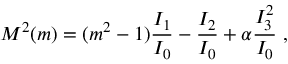
M ^ { 2 } ( m ) = ( m ^ { 2 } - 1 ) \frac { I _ { 1 } } { I _ { 0 } } - \frac { I _ { 2 } } { I _ { 0 } } + \alpha \frac { I _ { 3 } ^ { 2 } } { I _ { 0 } } \; ,